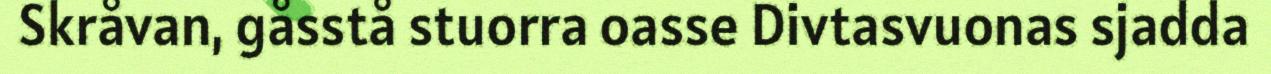
Skråvan, gåsstå stuorra oasse Divtasvuonas sjadda